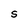
Character: S